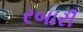
રબારી